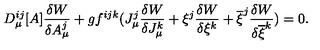
D _ { \mu } ^ { i j } [ A ] \frac { \delta W } { \delta A _ { \mu } ^ { j } } + g f ^ { i j k } ( J _ { \mu } ^ { j } \frac { \delta W } { \delta J _ { \mu } ^ { k } } + \xi ^ { j } \frac { \delta W } { \delta \xi ^ { k } } + \overline { { \xi } } ^ { j } \frac { \delta W } { \delta \overline { { \xi } } ^ { k } } ) = 0 .